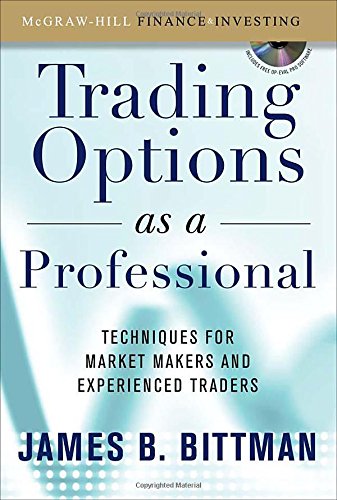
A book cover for Trading Options as a Professional: Techniques for Market Makers and Experienced Traders; James Bittman; Business & Money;